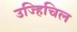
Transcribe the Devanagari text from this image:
उज्हिचिल